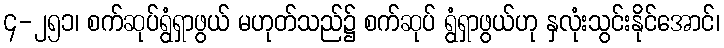
၄-၂၅၁၊ စက်ဆုပ်ရွံရှာဖွယ် မဟုတ်သည်၌ စက်ဆုပ် ရွံရှာဖွယ်ဟု နှလုံးသွင်းနိုင်အောင်၊